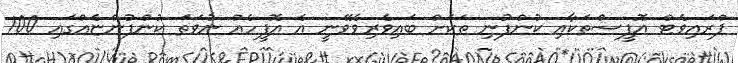
ޕްރައިވެޓް އޮފީސްތަކާއި ކުންފުނި ތަކަށް ބައިވެރިވެވޭނީ އެ އޮފީހެއް ނުވަތަ ކުންފުންޏެއްގައި 100